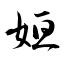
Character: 姮